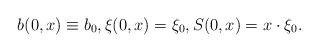
LaTeX: \begin{align*}b(0, x) \equiv b_0, \xi(0, x ) = \xi_0, S(0, x) = x \cdot \xi_0.\end{align*}